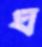
ঘ